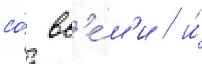
со́ вс'е́м'и / и́